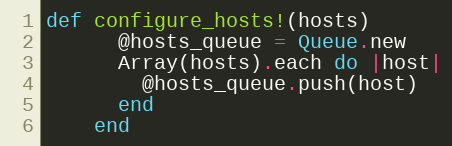
Language: Ruby
def configure_hosts!(hosts)
      @hosts_queue = Queue.new
      Array(hosts).each do |host|
        @hosts_queue.push(host)
      end
    end